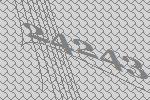
24243